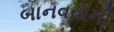
બાનવવાની